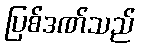
ပြစ်ဒဏ်သည်